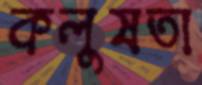
কলুষতা